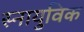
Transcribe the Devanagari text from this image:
स्नायुविक